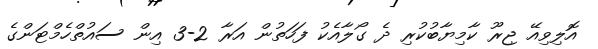
އޮލިވިއޭ ޖިރޫ ކާމިޔާބުކުރި ދެ ގޯލާއެކު ފަހަތުން އަރާ 2-3 އިން ސައުތްހެމްޓަންގެ